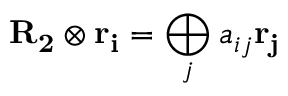
{ \bf R _ { 2 } } \otimes { \bf r _ { i } } = \bigoplus _ { j } a _ { i j } { \bf r _ { j } }